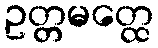
ဥတ္တမတ္ထေ